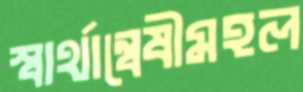
স্বার্থান্বেষীমহল